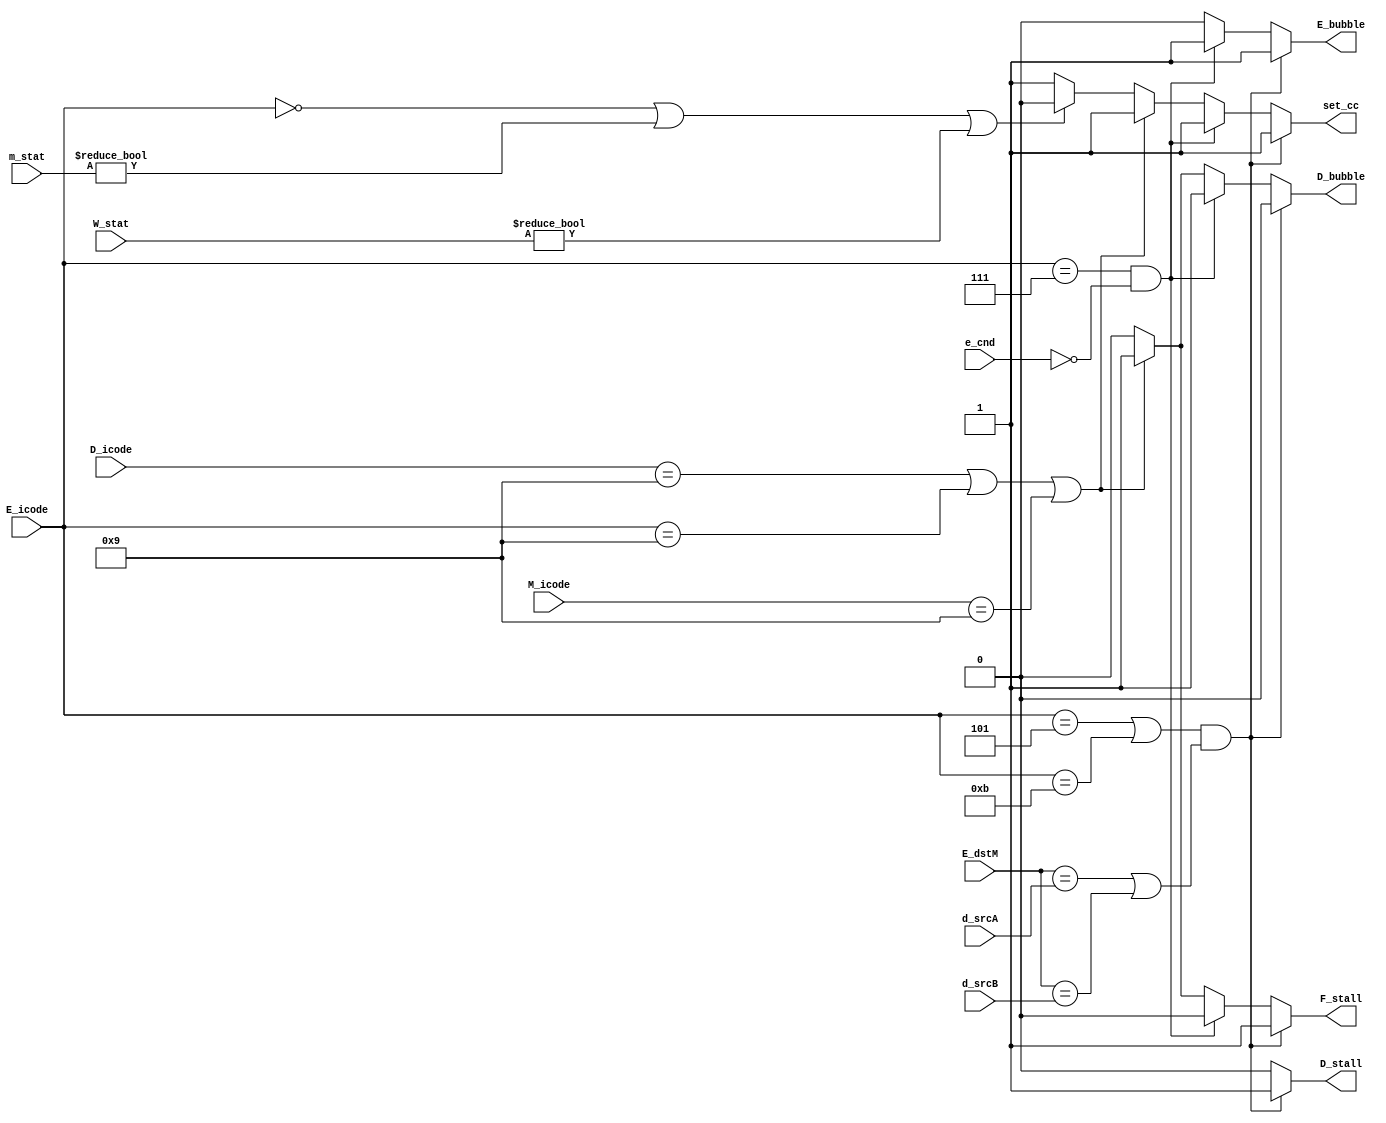
module pipe_control(m_stat, W_stat, D_icode, E_icode, M_icode, d_srcA, d_srcB, E_dstM, e_cnd, F_stall, D_stall, D_bubble, E_bubble, set_cc);

    input [1:0] m_stat, W_stat;
    input [3:0] D_icode, E_icode, M_icode;
    input [3:0] d_srcA, d_srcB, E_dstM;
    input e_cnd;

    output reg F_stall, D_stall, D_bubble, E_bubble;
    output reg set_cc;

    // Instruction codes
    parameter IHALT   = 4'd0;
    parameter INOP    = 4'd1;
    parameter IRRMOVQ = 4'd2; //rrmovq and  cmovXX
    parameter IIRMOVQ = 4'd3;
    parameter IRMMOVQ = 4'd4;
    parameter IMRMOVQ = 4'd5;
    parameter IOPQ    = 4'd6;
    parameter IJXX    = 4'd7;   
    parameter ICALL   = 4'd8;
    parameter IRET    = 4'd9;
    parameter IPUSHQ  = 4'd10;
    parameter IPOPQ   = 4'd11;

    always@(*)
    begin
        F_stall = 0;
        D_stall = 0;
        D_bubble =0;
        E_bubble = 0;
        set_cc = 1;

        if((E_icode == IMRMOVQ | E_icode == IPOPQ) & (E_dstM == d_srcA | E_dstM == d_srcB))
        begin
            F_stall = 1;
            D_stall = 1;
            E_bubble = 1;
        end
        else if((E_icode == IJXX & e_cnd==0))
        begin
            D_bubble = 1;
            E_bubble = 1;
        end
        else if(D_icode == IRET | E_icode == IRET | M_icode == IRET)
        begin
            F_stall = 1;
            D_bubble = 1;
        end
        else if(E_icode == 4'h0 | m_stat!=2'b0 | W_stat!=2'b0)
        begin
            set_cc = 0;
        end
    end

endmodule